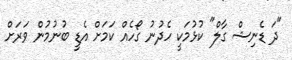
"ދަ ޑެނިޝް ގާލް" ކުޅުމަކީ ހެދުނު ގޯހެއް ކަމަށް އެޑީ ބުނުމުން ވަރަށް